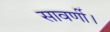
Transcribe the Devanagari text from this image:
सावर्णी।